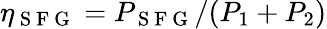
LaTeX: \eta_{\mathrm{~S~F~G~}}=P_{\mathrm{~S~F~G~}}/(P_{1}+P_{2})